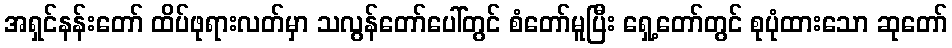
အရှင်နန်းတော် ထိပ်ဖုရားလတ်မှာ သလွန်တော်ပေါ်တွင် စံတော်မူပြီး ရှေ့တော်တွင် စုပုံထားသော ဆုတော်